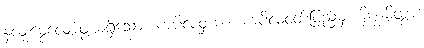
နှလုံးမွေ့လျော်ဖွယ်ရှိသော။ ကပိလဝှယာ၊ ကပိလဝတ်ပြည်မှ။ နိက္ခမိတွာ၊